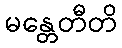
မန္တေတီတိ